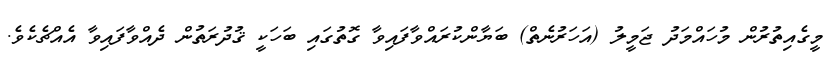
މީގެއިތުރުން މުހައްމަދު ޖަމީލު (އަހަރުނެތް) ބަޔާންކުރައްވާފައިވާ ގޮތުގައި ބަހަކީ ޤުދުރަތުން ދެއްވާފައިވާ އެއްޗެކެވެ.